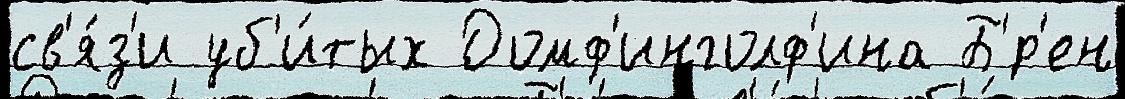
св'я́з'и уб'и́тых Домф'инголф'ина Б'́р'ен